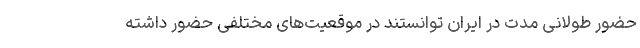
حضور طولانی مدت در ایران توانستند در موقعیت‌های مختلفی حضور داشته